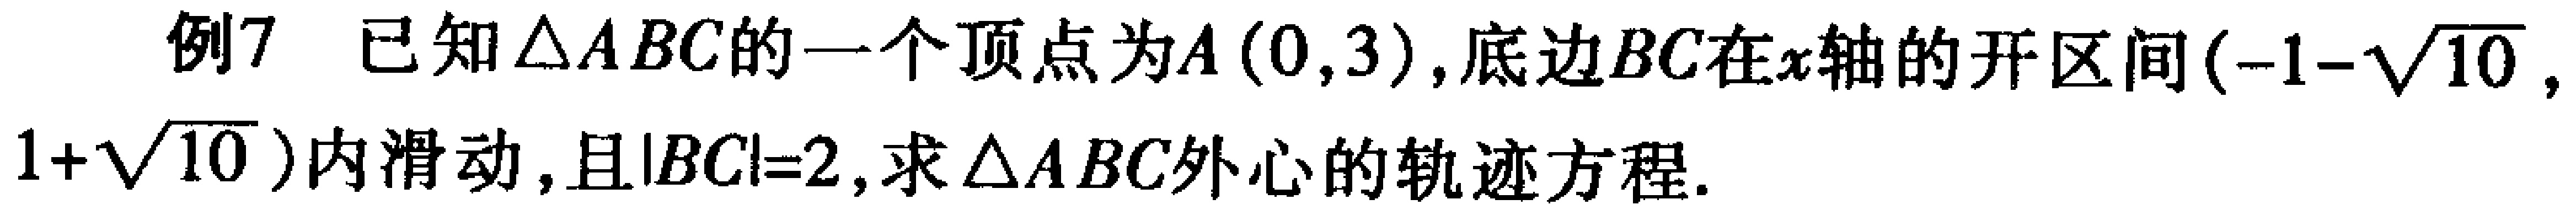
例7 已知\(\triangle ABC\)的一个顶点为\(A(0,3)\)，底边\(BC\)在\(x\)轴的开区间\((-1 - \sqrt{10},1 + \sqrt{10})\)内滑动，且\(\vert BC\vert = 2\)，求\(\triangle ABC\)外心的轨迹方程.